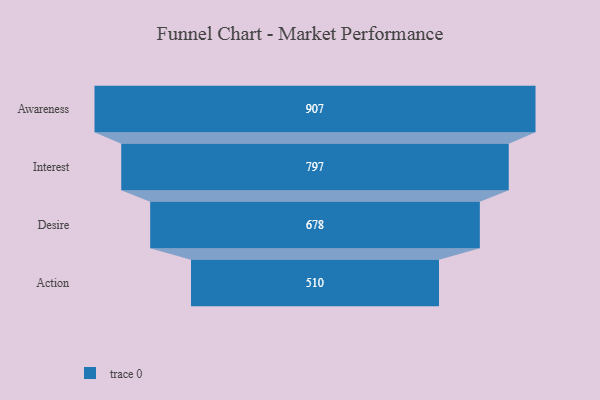
{"axis": {"x": "Stage", "y": "Value"}, "legend": [""], "data": [{"x": "Awareness", "y": 907.0, "type": ""}, {"x": "Interest", "y": 797.0, "type": ""}, {"x": "Desire", "y": 678.0, "type": ""}, {"x": "Action", "y": 510.0, "type": ""}]}